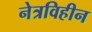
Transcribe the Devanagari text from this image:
नेत्रविहीन